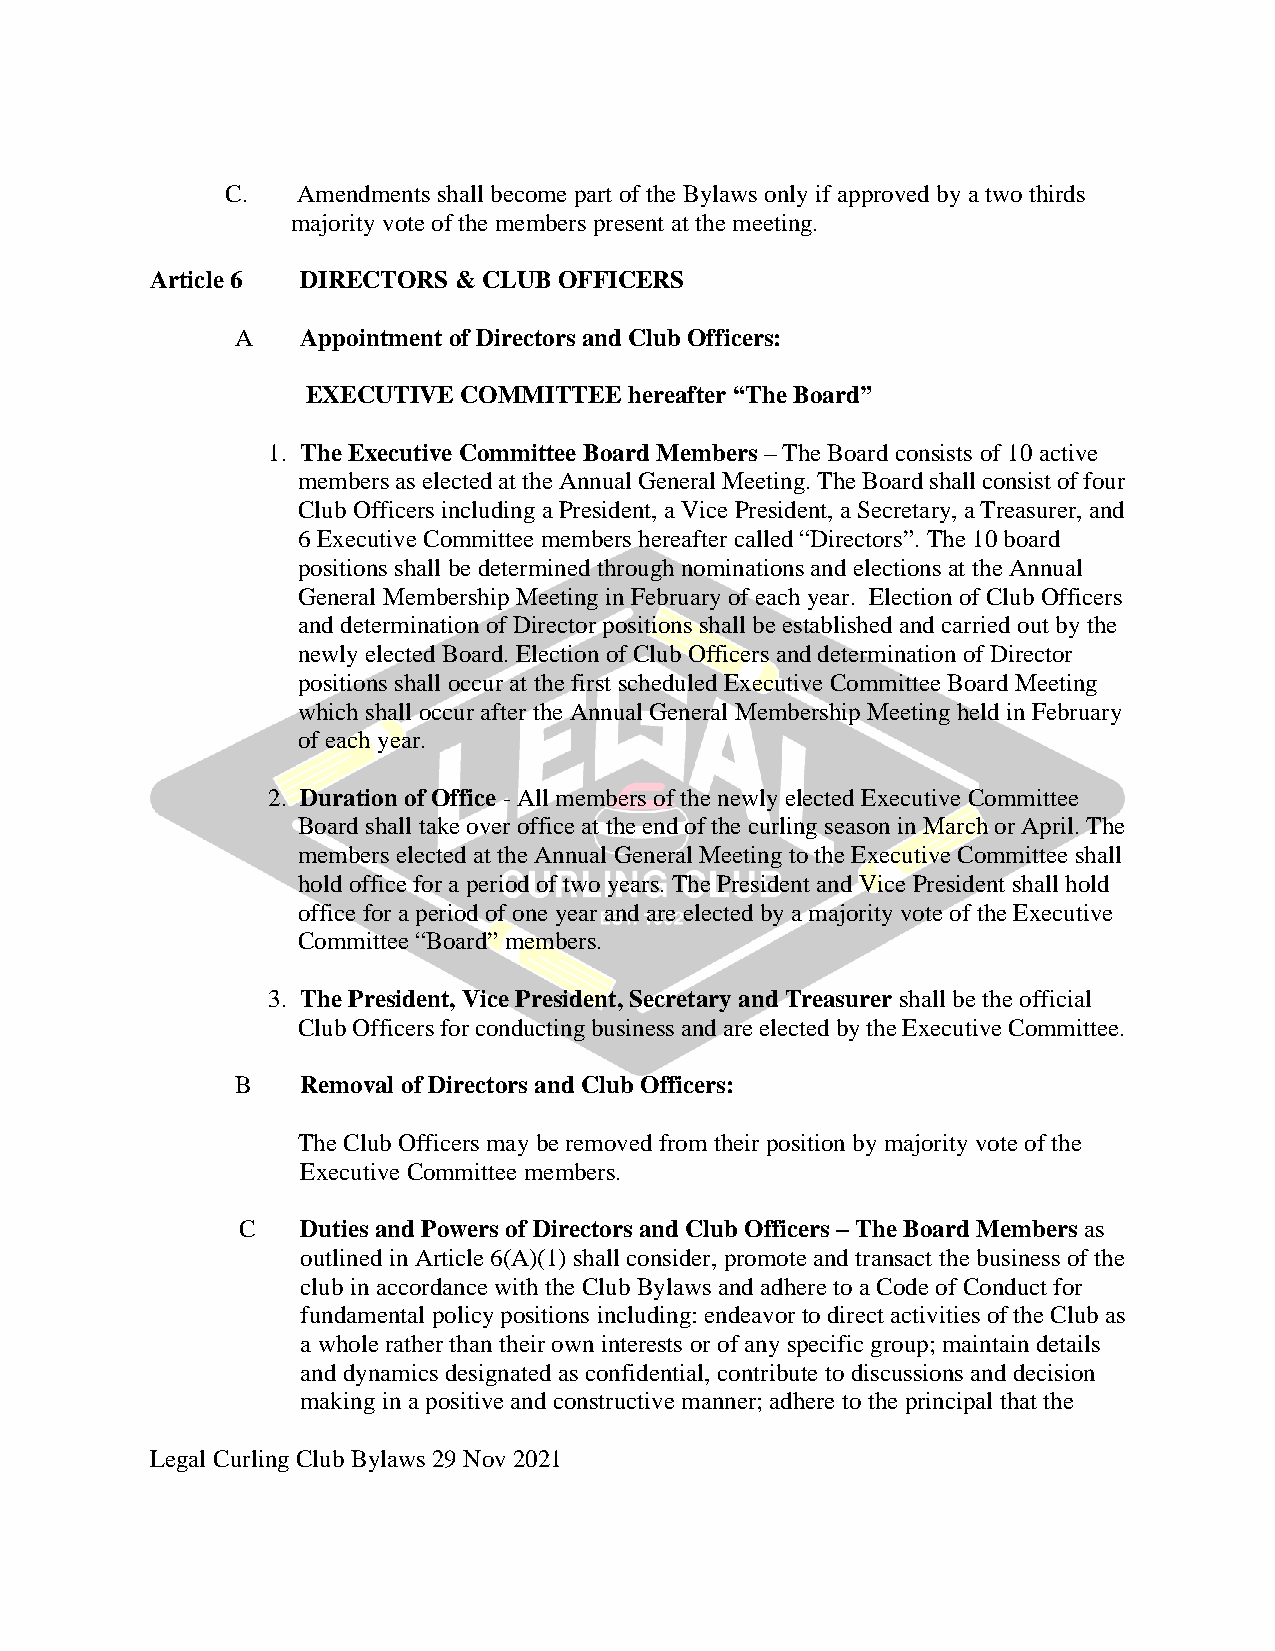
C.   Amendments shall become part of the Bylaws only if approved by a two thirds
 majority vote of the members present at the meeting.
 Article 6 DIRECTORS & CLUB OFFICERS
 A   Appointment of Directors and Club Officers:
 EXECUTIVE COMMITTEE   hereafter “The Board”
 1. The Executive Committee Board Members – The Board consists of 10 active
 members as elected at the Annual General Meeting. The Board shall consist of four
 Club Officers including a President, a Vice President, a Secretary, a Treasurer, and
 6 Executive Committee members hereafter called “Directors”. The 10 board
 positions shall be determined through nominations and elections at the Annual
 General Membership Meeting in February of each year. Election of Club Officers
 and determination of Director positions shall be established and carried out by the
 newly elected Board. Election of Club Officers and determination of Director
 positions shall occur at the first scheduled Executive Committee Board Meeting
 which shall occur after the Annual General Membership Meeting held in February
 of each year.
 2. Duration of Office - All members of the newly elected Executive Committee
 Board shall take over office at the end of the curling season in March or April. The
 members elected at the Annual General Meeting to the Executive Committee shall
 hold office for a period of two years. The President and Vice President shall hold
 office for a period of one year and are elected by a majority vote of the Executive
 Committee “Board” members.
 3. The President, Vice President, Secretary and Treasurer shall be the official
 Club Officers for conducting business and are elected by the Executive Committee.
 B   Removal of Directors and Club Officers:
 The Club Officers may be removed from their position by majority vote of the
 Executive Committee members.
 C   Duties and Powers of Directors and Club Officers – The Board Members as
 outlined in Article 6(A)(1) shall consider, promote and transact the business of the
 club in accordance with the Club Bylaws and adhere to a Code of Conduct for
 fundamental policy positions including: endeavor to direct activities of the Club as
 a whole rather than their own interests or of any specific group; maintain details
 and dynamics designated as confidential, contribute to discussions and decision
 making in a positive and constructive manner; adhere to the principal that the
 Legal Curling Club Bylaws 29 Nov 2021